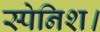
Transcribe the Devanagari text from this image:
स्पेनिश।